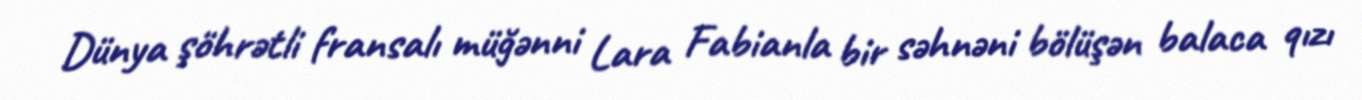
Dünya şöhrətli fransalı müğənni Lara Fabianla bir səhnəni bölüşən balaca qızı